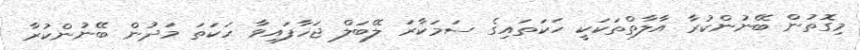
މިގޮތުން ބޭނުންކުރާ އާލާތްތަކަކީ ހަކަތައިގެ ސަމަކާރަ ލޭބަލް ޖަހާފައިވާ ހަކަތަ މަދުން ބޭނުންކުރާ